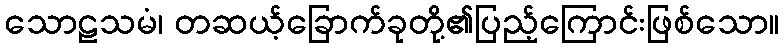
သောဠသမံ၊ တဆယ့်ခြောက်ခုတို့၏ပြည့်ကြောင်းဖြစ်သော။